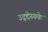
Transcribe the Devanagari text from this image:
उद्द्देस्यके